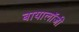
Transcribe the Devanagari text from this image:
बायालॉजी